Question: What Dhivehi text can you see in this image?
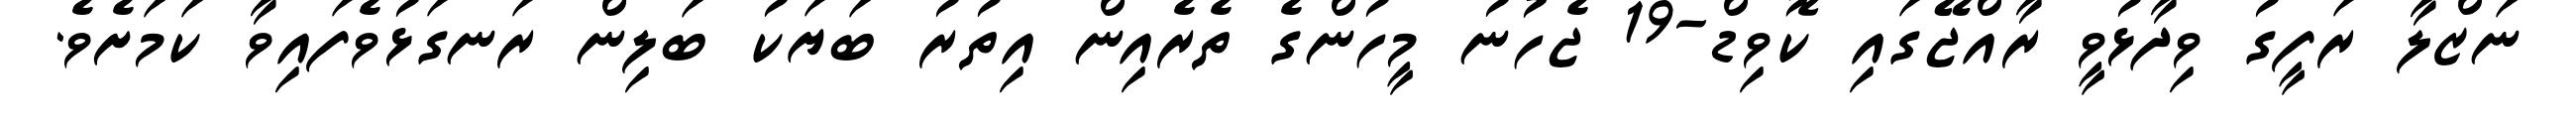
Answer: ނަޒްލާ ރަފީގު ވިދާޅުވީ ރާއްޖޭގައި ކޮވިޑް-19 ޖެހުނު މީހުންގެ ތެރެއިން އިތުރު ބަޔަކު ބަލިން ރަނގަޅުވެފައިވާ ކަމަށެވެ.